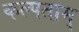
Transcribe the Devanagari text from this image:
कल्पताम्